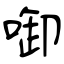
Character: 啣